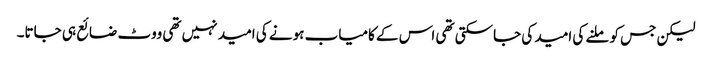
لیکن جس کو ملنے کی امید کی جاسکتی تھی اس کے کامیاب ہونے کی امید نہیں تھی ووٹ ضائع ہی جاتا۔